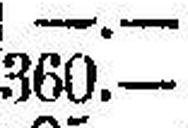
360.—